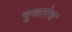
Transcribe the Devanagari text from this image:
चुकलेच